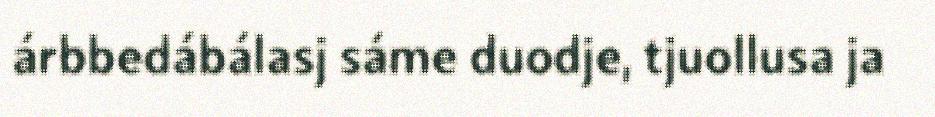
árbbedábálasj sáme duodje, tjuollusa ja